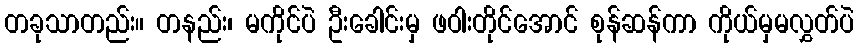
တခုသာတည်း။ တနည်း၊ မကိုင်ပဲ ဦးခေါင်းမှ ဖဝါးတိုင်အောင် စုန်ဆန်ကာ ကိုယ်မှမလွှတ်ပဲ